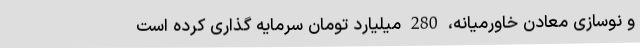
و نوسازی معادن خاورمیانه، 280 میلیارد تومان سرمایه گذاری کرده است